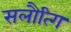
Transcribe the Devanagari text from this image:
सलौत्गि